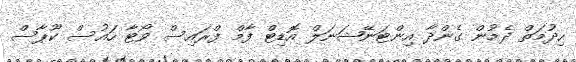
ހިދުމަތް ދެމުން ގެންދާ އިންޓަނޭޝަނަލް އޮޑިޓް ފާމް ފްރައިސް ވޯޓާ ހައުސް ކޫޕާސް